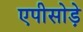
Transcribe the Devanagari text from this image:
एपीसोड़े